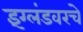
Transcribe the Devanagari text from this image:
इंग्लंडवरचे